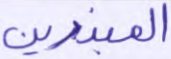
المبذرين